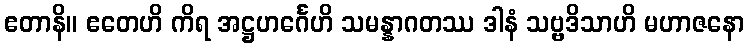
ဧတာနိ။ ဧတေဟိ ကိရ အဋ္ဌဟင်္ဂေဟိ သမန္နာဂတဿ ဒါနံ သဗ္ဗဒိသာဟိ မဟာဇနော